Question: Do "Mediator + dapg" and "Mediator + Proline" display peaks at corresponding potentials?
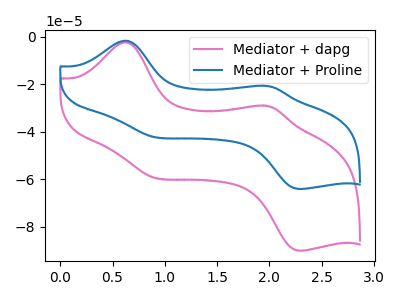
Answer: <think>The pink curve "Mediator + dapg" has anodic peaks at (0.65V, -2.25uA) (1.95V, -28.90uA) and cathodic peaks at (0.85V, -58.85uA) (2.30V, -89.90uA). The blue curve "Mediator + Proline" has anodic peaks at (0.65V, -1.60uA) (1.95V, -20.55uA) and cathodic peaks at (0.85V, -41.85uA) (2.30V, -63.95uA).</think>
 <answer>Yes, "Mediator + dapg" have a peak in "Mediator + Proline" at the same potential.</answer>
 <eval>match</eval>